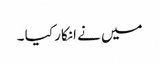
میں نے انکار کیا ۔